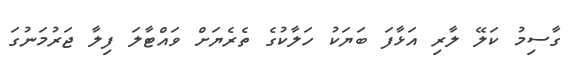
ގާސިމު ކަލޭ ލާރި އަޅާފަ ބަޔަކު ހަލާކުގެ ތެރެޔަށް ވައްޓާލަ ފިލާ ޖަރުމަނުގަ